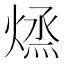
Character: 𭵱